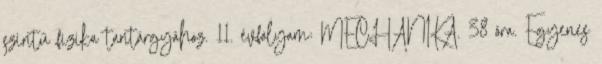
szintű fizika tantárgyához. 11. évfolyam: MECHANIKA. 38 óra. Egyenes